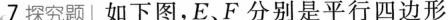
7探究题 如下图，E、F分别是平行四边形